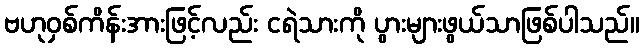
ဗဟုဝှစ်ကိန်းအားဖြင့်လည်း ငရဲသားကို ပွားများဖွယ်သာဖြစ်ပါသည်။